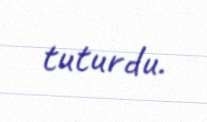
tuturdu.